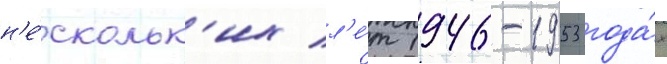
н'е́скольк'их л'е́т 1946-1953 года́х